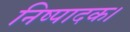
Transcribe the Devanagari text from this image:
निष्पादक।